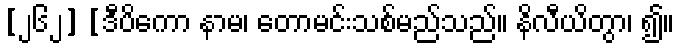
[၂၆၂] [ဒီပိကော နာမ၊ တောမင်းသစ်မည်သည်။ နိလီယိတွာ၊ ၍။